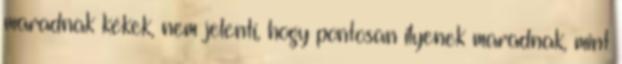
maradnak kékek, nem jelenti, hogy pontosan ilyenek maradnak, mint